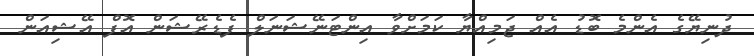
ދުނިޔޭގެ އެންމެ ބޮޑު އެއް ޖަމިއްޔާ ކަމަަށްވާ އިންޓަނޭޝަނަލް ފެޑެރޭޝަން އޮފް އޭޝިއަން